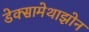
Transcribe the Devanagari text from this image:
डेक्सामेथाझोन